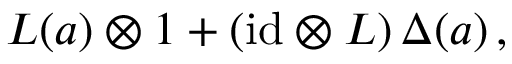
L ( a ) \otimes 1 + ( \mathrm { i d } \otimes L ) \, \Delta ( a ) \, ,